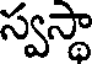
స్వస్థా